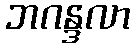
ဘဂန္ဒလာ